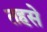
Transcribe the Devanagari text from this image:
तहसे